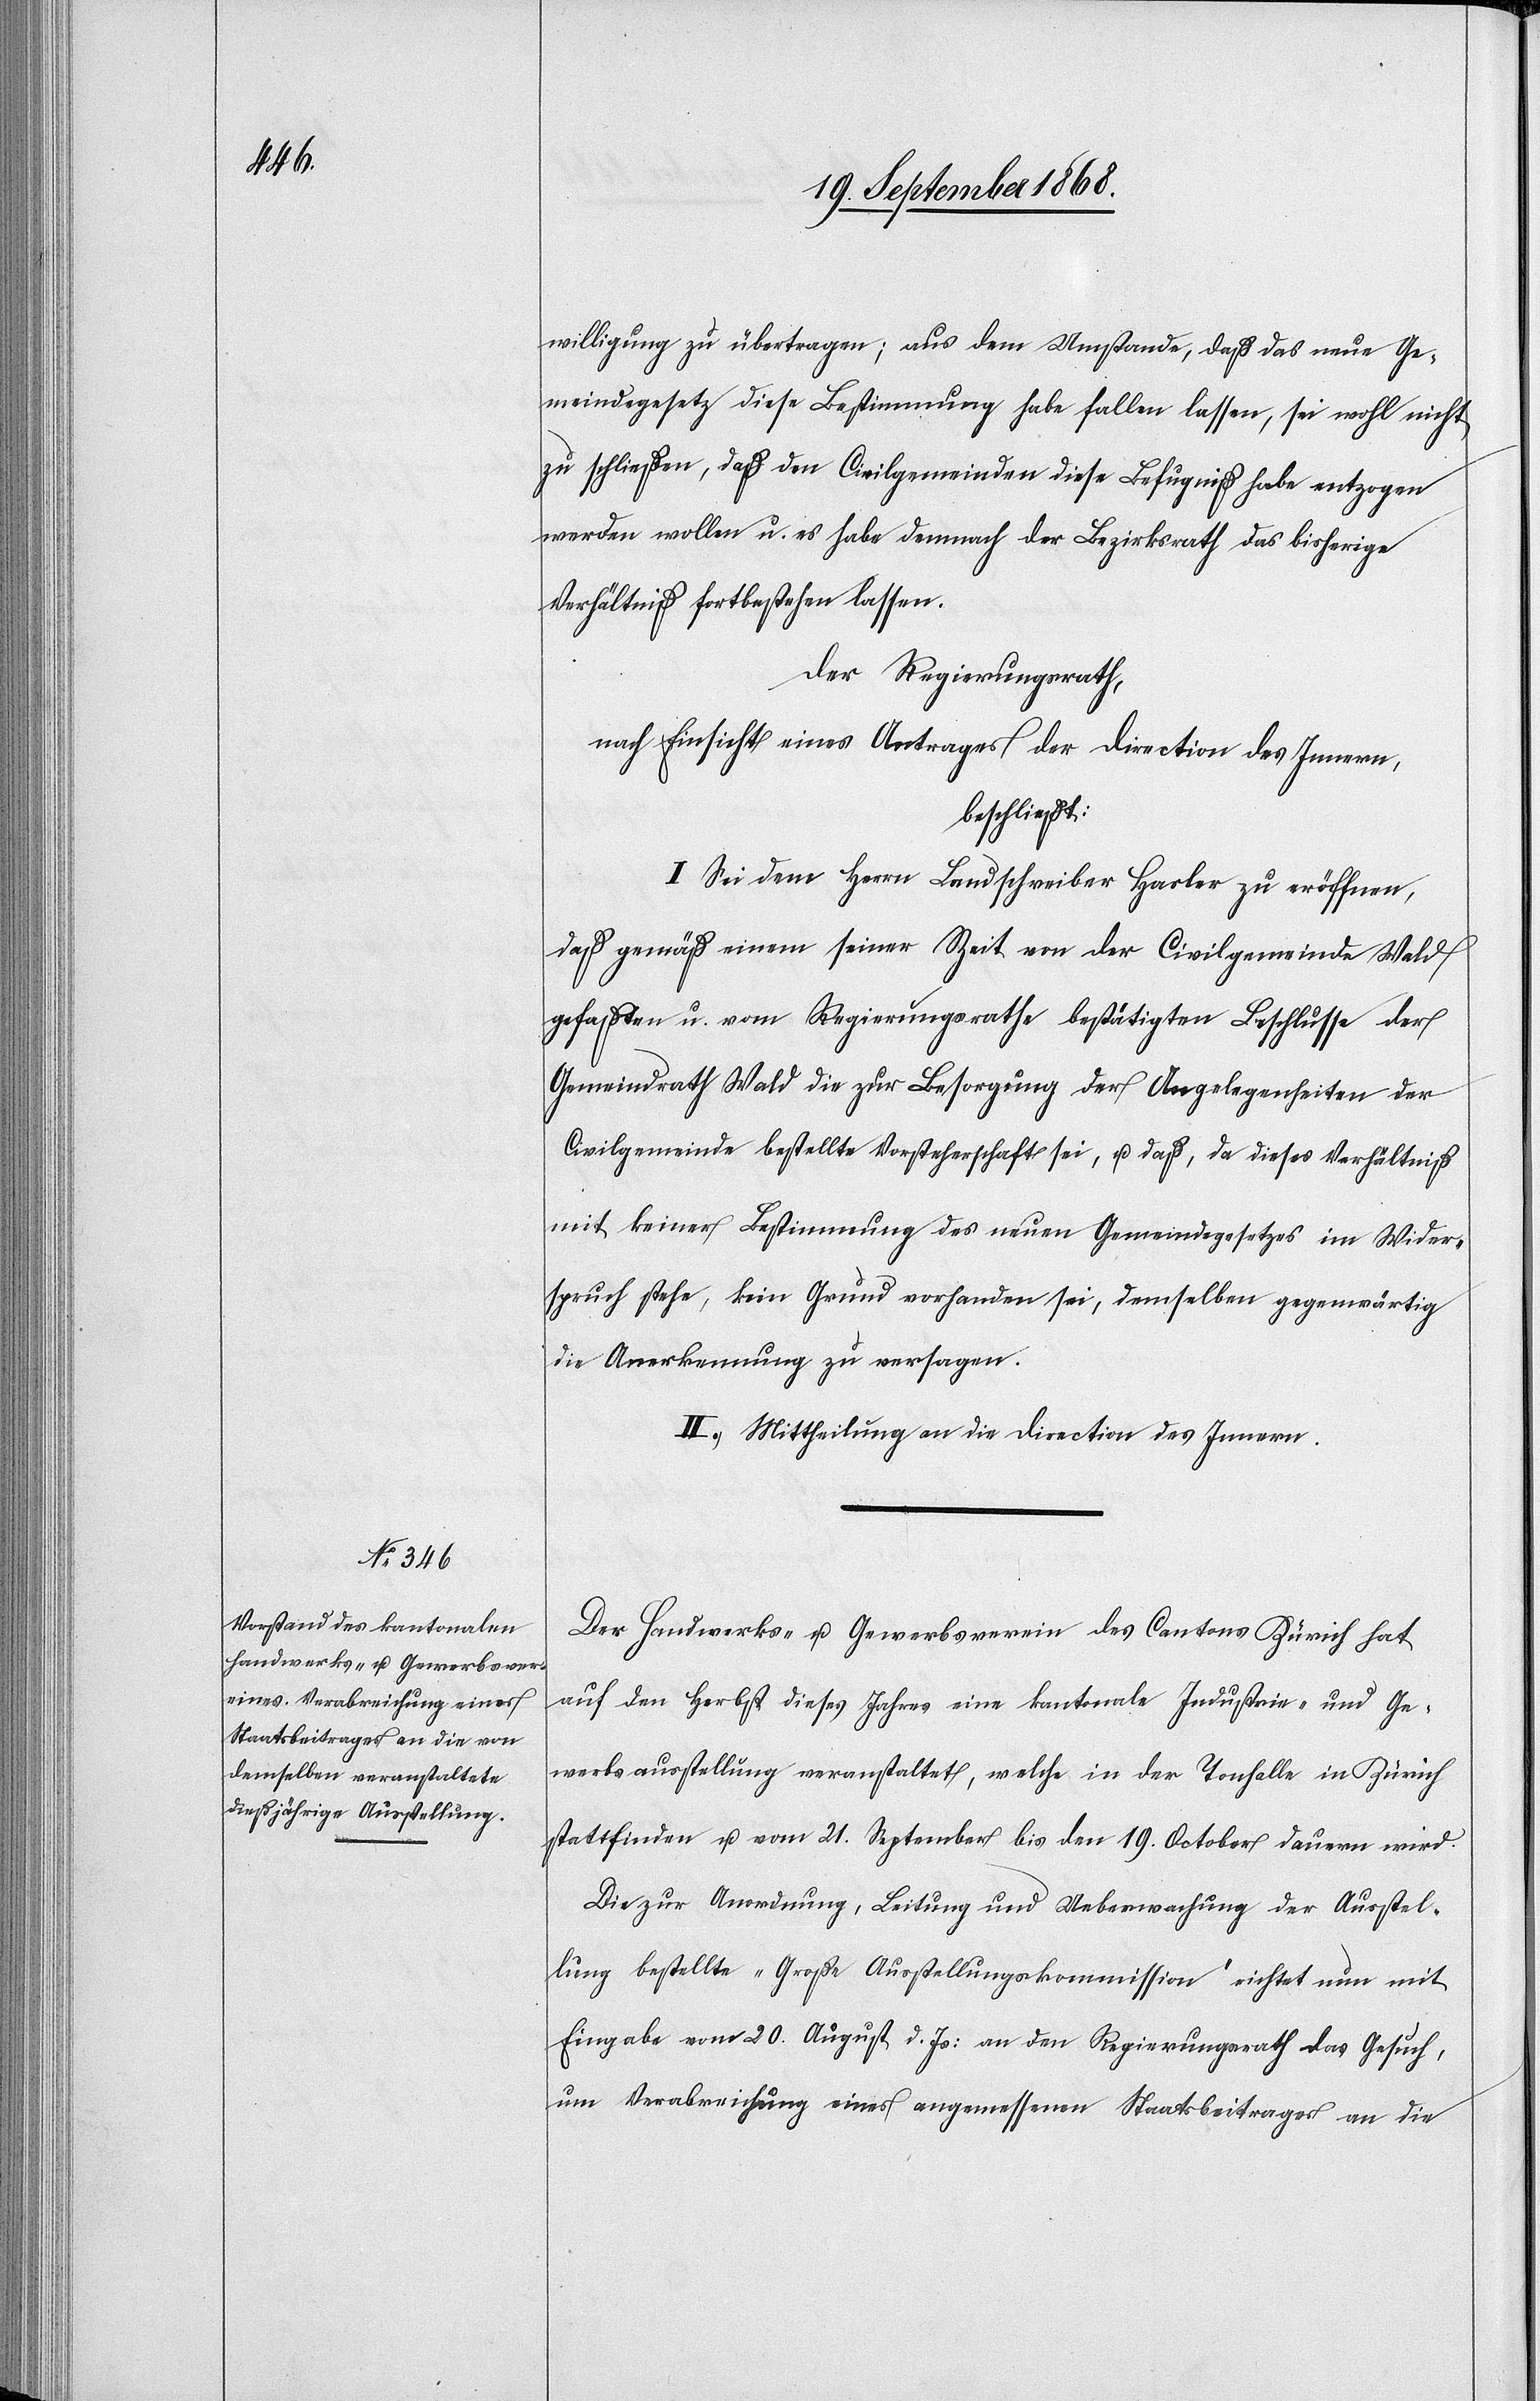
willigung zu übertragen; aus dem Umstande, daß das neue Ge¬
meindegesetz diese Bestimmung habe fallen lassen, sei wohl nicht
zu schließen, daß den Civilgemeinden diese Befugniß habe entzogen
werden wollen u. es habe demnach der Bezirksrath das bisherige
Verhältniß fortbestehen lassen.
Der Regierungsrath,
nach Einsicht eines Antrages der Direction des Innern,
beschließt:
I. Sei dem Herrn Landschreiber Hasler zu eröffnen,
daß gemäß einem seiner Zeit von der Civilgemeinde Wald
gefaßten u. vom Regierungsrathe bestätigten Beschlusse der
Gemeindrath Wald die zur Besorgung der Angelegenheiten der
Civilgemeinde bestellte Vorsteherschaft sei, u. daß, da dieses Verhältniß
mit keiner Bestimmung des neuen Gemeindegesetzes im Wider¬
spruch stehe, kein Grund vorhanden sei, demselben gegenwärtig
die Anerkennung zu versagen.
II. Mittheilung an die Direction des Innern.
Der Handwerks- u. Gewerbsverein des Cantons Zürich hat
auf den Herbst dieses Jahres eine kantonale Industrie- und Ge¬
werbsausstellung veranstaltet, welche in der Tonhalle in Zürich
stattfinden u. vom 21. September bis den 19. October dauern wird.
Die zur Anordnung, Leitung und Ueberwachung der Ausstel¬
lung bestellte „Große Ausstellungskommission“ richtet nun mit
Eingabe vom 20. August d. Js: an den Regierungsrath das Gesuch,
um Verabreichung eines angemessenen Staatsbeitrages an die